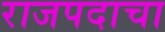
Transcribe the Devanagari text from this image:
राजपदाचा